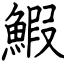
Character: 鰕